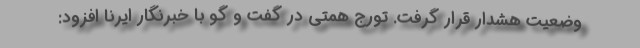
وضعیت هشدار قرار گرفت. تورج همتی در گفت و گو با خبرنگار ایرنا افزود: